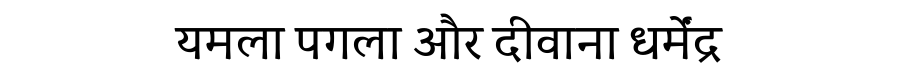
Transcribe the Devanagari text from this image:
यमला पगला और दीवाना धर्मेंद्र